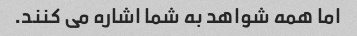
اما همه شواهد به شما اشاره می کنند.